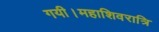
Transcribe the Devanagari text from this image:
गयी।महाशिवरात्रि